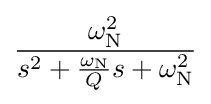
{\frac {\omega _{\mathrm {N} }^{2}}{s^{2}+{\frac {\omega _{\mathrm {N} }}{Q}}s+\omega _{\mathrm {N} }^{2}}}